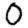
Digit: 0